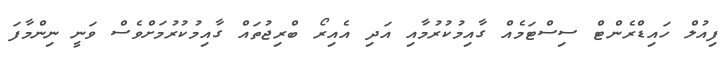
ފިއުލް ހައިޑްރެންޓް ސިސްޓަމެއް ގާއިމުކުރުމާއި އަދި އެއިރޯ ބްރިޖުތައް ގާއިމުކުރުމަށްވެސް ވަނީ ނިންމާފަ